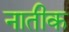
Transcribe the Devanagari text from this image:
नातीक